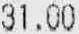
31.00